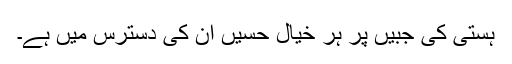
ہستی کی جبیں پر ہر خیال حسیں ان کی دسترس میں ہے۔